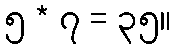
၅ * ၇ = ၃၅။